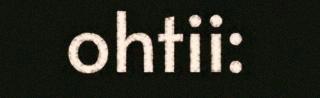
ohtii: